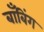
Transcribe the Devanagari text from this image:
बाँबिंग